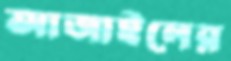
আজাইলের